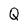
Character: Q